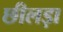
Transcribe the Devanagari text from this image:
छीलड़ा